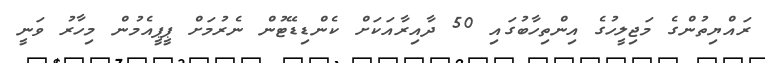
ރައްޔިތުންގެ މަޖިލީހުގެ އިންތިހާބުގައި 50 ދާއިރާއަކަށް ކެންޑިޑޭޓުން ނެރުމަށް ޕީޕީއެމުން މިހާރު ވަނީ